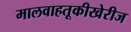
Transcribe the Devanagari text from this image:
मालवाहतूकीखेरीज